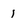
Character: 1